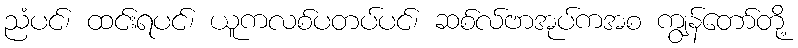
ညံပင်၊ ထင်းရပင်၊ ယူကလစ်ပတပ်ပင်၊ ဆစ်လ်ဗာအုပ်ကအစ ကျွန်တော်တို့